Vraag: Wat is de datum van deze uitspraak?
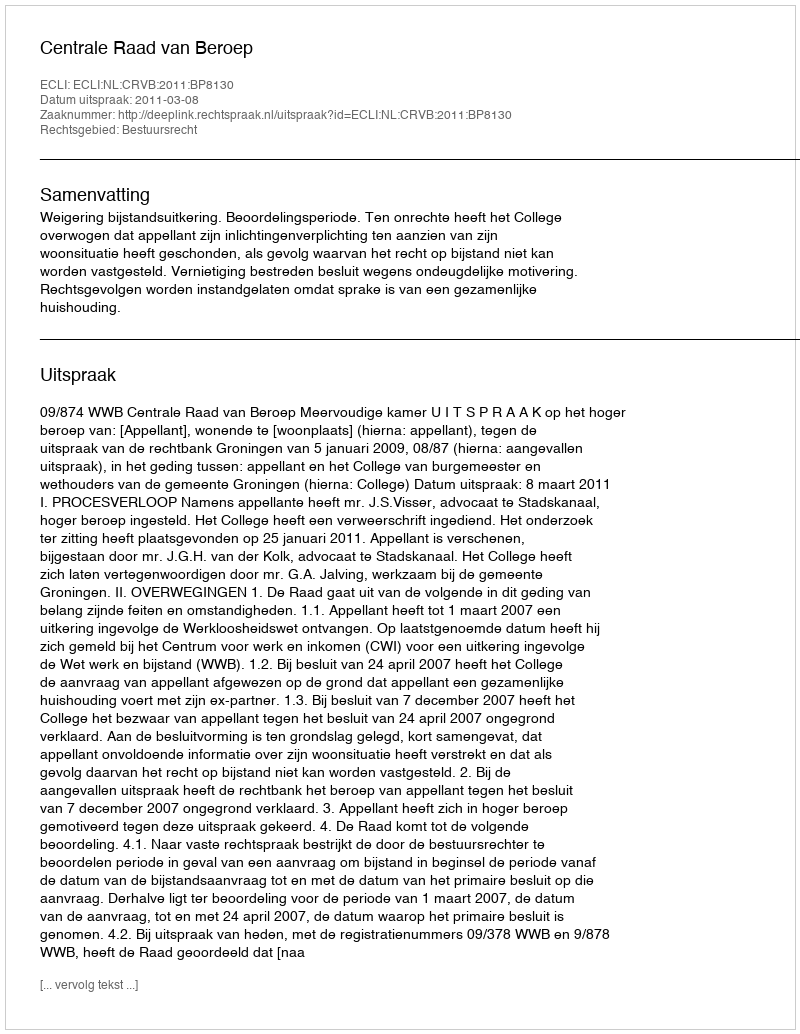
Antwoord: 2011-03-08